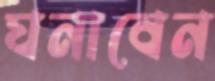
ঘনাবেন